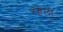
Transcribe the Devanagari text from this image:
रहेलो